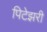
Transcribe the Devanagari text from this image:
पिटेझरी